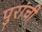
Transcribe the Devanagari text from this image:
पुरांची